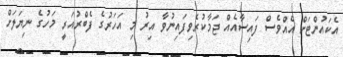
އެކައުންޓަށް އެއްވެސް ފައިސާއެއް ޖަމާކުރެވިފައިނުވާ އިރު މި އަހަރުގެ ފެބްރުއަރީ މަހުގެ ނިޔަލަށް